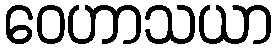
ဝေဟာသယာ